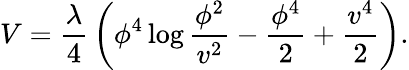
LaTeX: V={\frac{\lambda}{4}}\left(\phi^{4}\log{\frac{\phi^{2}}{v^{2}}}-{\frac{\phi^{4}}{2}}+{\frac{v^{4}}{2}}\right).